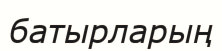
батырларың